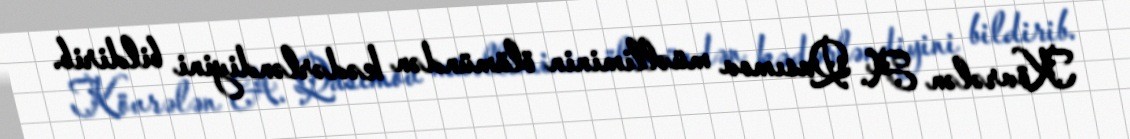
Kövrələn A. Qasımov müəlliminin ölümündən kədərləndiyini bildirib.